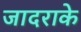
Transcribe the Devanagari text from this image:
जादराके